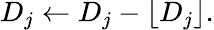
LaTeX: D_{j}\leftarrow D_{j}-\lfloor D_{j}\rfloor.